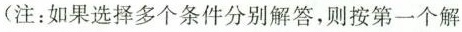
(注：如果选择多个条件分别解答，则按第一个解